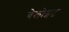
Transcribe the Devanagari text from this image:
बेलोइट